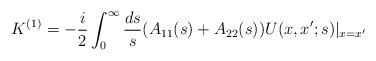
LaTeX: \begin{align*}K^{(1)}=-\frac{i}{2}\int_{0}^{\infty}\frac{ds}{s}(A_{11}(s)+A_{22}(s))U(x,x';s)|_{x=x'}\end{align*}